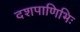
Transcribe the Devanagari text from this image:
दशपाणिभिः